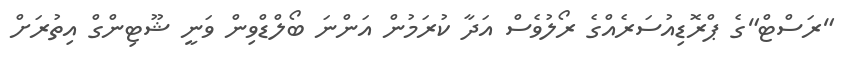
"ރަސްޓް"ގެ ޕްރޮޑިއުސަރެއްގެ ރޯލުވެސް އަދާ ކުރަމުން އަންނަ ބޯލްޑްވިން ވަނީ ޝޫޓިންގް އިތުރަށް